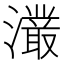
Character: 𭳖